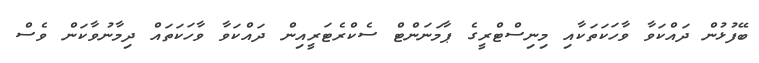
ބޭފުޅުން ދައްކަވާ ވާހަކަތަކާއި މިނިސްޓްރީގެ ޕާމަނަންޓް ސެކްރެޓަރީއިން ދައްކަވާ ވާހަކަތައް ދިމާނުވާކަން ވެސް